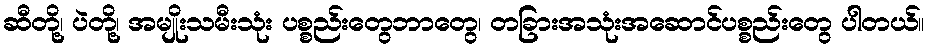
ဆီတို့၊ ပဲတို့၊ အမျိုးသမီးသုံး ပစ္စည်းတွေဘာတွေ၊ တခြားအသုံးအဆောင်ပစ္စည်းတွေ ပါတယ်။